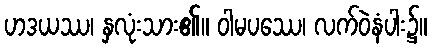
ဟဒယဿ၊ နှလုံးသား၏။ ဝါမပဿေ၊ လက်ဝဲနံပါး၌။